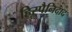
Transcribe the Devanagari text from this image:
हिस्पैनिदाद